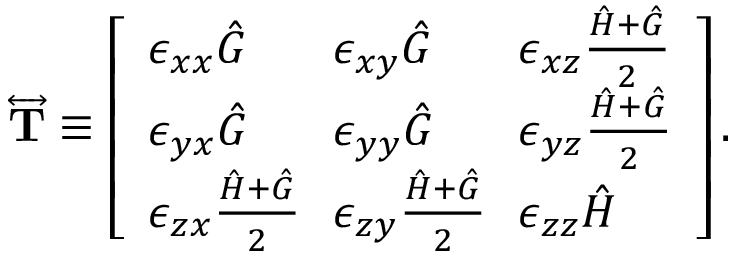
\begin{array} { r } { \overleftrightarrow { \mathbf { T } } \equiv \left[ \begin{array} { l l l } { \epsilon _ { x x } \hat { G } \! } & { \! \epsilon _ { x y } \hat { G } \! } & { \! \epsilon _ { x z } \frac { \hat { H } + \hat { G } } { 2 } } \\ { \epsilon _ { y x } \hat { G } \! } & { \! \epsilon _ { y y } \hat { G } \! } & { \! \epsilon _ { y z } \frac { \hat { H } + \hat { G } } { 2 } } \\ { \epsilon _ { z x } \frac { \hat { H } + \hat { G } } { 2 } \! } & { \! \epsilon _ { z y } \frac { \hat { H } + \hat { G } } { 2 } \! } & { \! \epsilon _ { z z } \hat { H } } \end{array} \right] . } \end{array}